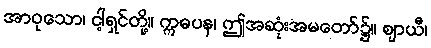
အာဝုသော၊ ငါ့ရှင်တို့။ ဣဓပန၊ ဤအဆုံးအမတော်၌။ ဈာယီ၊